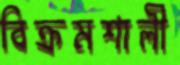
বিক্রমশালী